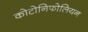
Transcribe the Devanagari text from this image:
कोटोनिफोलियन